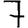
Digit: 7